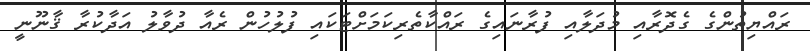
ރައްޔިތުންގެ ގެދޮރާއި މުދަލާއި ފުރާނައިގެ ރައްކާތެރިކަމަށްޓަކައި ފުލުހުން ރެއާ ދުވާލު އަދާކުރާ ޤާނޫނީ